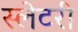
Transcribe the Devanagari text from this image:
स्लेटरी